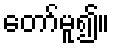
တော်မူ၍။